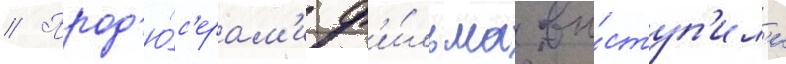
// Прод'ю́с'ерам'и ф'и́льма вы́ступ'ил'и